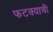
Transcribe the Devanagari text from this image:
फटक्याची